Vaccination in Burma 1900-1911 - 1900-1911
Year: 1900
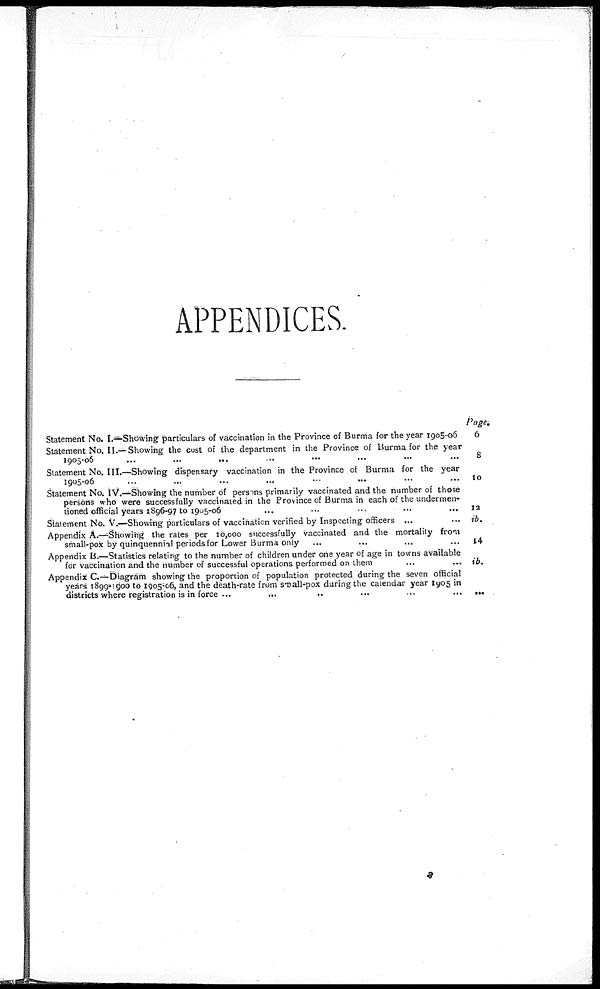
APPENDICES.
Statement No. I.—Showing particulars of vaccination in the Province of Burma for the year 1905-06
Statement No. II.—Showing the cost of the department in the Province of Burma for the year
1905-06
...
... ... ... ... ... ... ...
Statement No. III.—Showing dispensary vaccination in the Province of Burma for the year
1905-06 ... ... ... ... ... ... ... ...
Statement No. IV.—Showing the number of persons primarily vaccinated and the number of those
persons who were successfully vaccinated in the Province of Burma in each of the undermen-
tioned official years 1896-97 to 1905-06
...
...
...
...
...
Statement No. V.—Showing particulars of vaccination verified by Inspecting officers ... ...
Appendix A.—Showing the rates per 10,000 successfully vaccinated and the mortality from
small-pox by quinquennial periods for Lower Burma only ... ... ... ...
Appendix B.—Statistics relating to the number of children under one year of age in towns available
for vaccination and the number of successful operations performed on them ... ...
Appendix C.—Diagram showing the proportion of population protected during the seven official
years 1899-1900 to 1905-06, and the death-rate from Small-pox during the calendar year 1905 in
districts where registration is in force ...
...
..
...
...
...
Page.
6
8
10
12
ib.
14
ib.
...